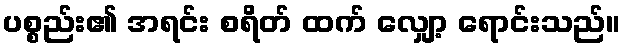
ပစ္စည်း၏ အရင်း စရိတ် ထက် လျှော့ ရောင်းသည်။